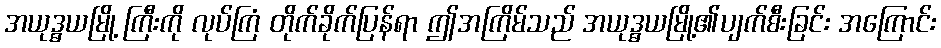
အယုဒ္ဓယမြို့ ကြီးကို လုပ်ကြံ တိုက်ခိုက်ပြန်ရာ ဤအကြိမ်သည် အယုဒ္ဓယမြို့၏ပျက်စီးခြင်း အကြောင်း